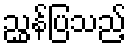
ညွှန်ပြသည့်